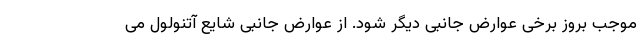
موجب بروز برخی عوارض جانبی دیگر شود. از عوارض جانبی شایع آتنولول می